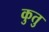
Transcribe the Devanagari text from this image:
कुतु